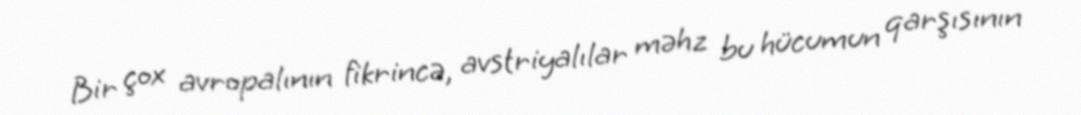
Bir çox avropalının fikrincə, avstriyalılar məhz bu hücumun qarşısının